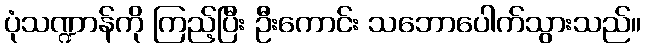
ပုံသဏ္ဍာန်ကို ကြည့်ပြီး ဦးကောင်း သဘောပေါက်သွားသည်။